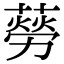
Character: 𦺜